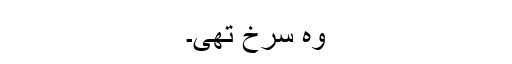
وہ سرخ تھی۔